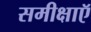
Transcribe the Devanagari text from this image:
समीक्षाऍ